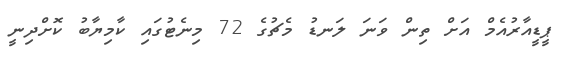
ޕީޑީއާރުއެމް އަށް ތިން ވަނަ ލަނޑު މެޗުގެ 72 މިނެޓުގައި ކާމިޔާބު ކޮށްދިނީ